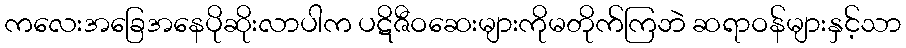
ကလေးအခြေအနေပိုဆိုးလာပါက ပဋိဇီဝဆေးများကိုမတိုက်ကြဘဲ ဆရာဝန်များနှင့်သာ